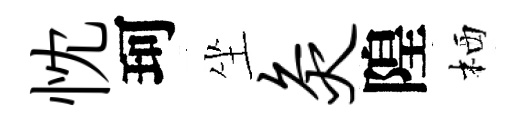
忱珂坐灸隍栖